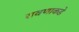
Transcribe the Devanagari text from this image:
रावणाकडे